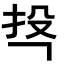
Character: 𭠚